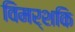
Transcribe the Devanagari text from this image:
विमर्शकि